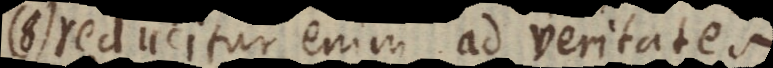
8) reducitur enim ad veritates